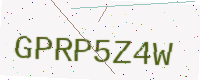
Text: GPRP5Z4W